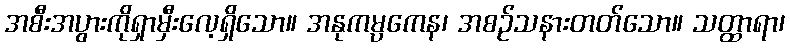
အစီးအပွားကိုရှာမှီးလေ့ရှိသော။ အနုကမ္ပကေန၊ အစဉ်သနားတတ်သော။ သတ္ထာရာ၊